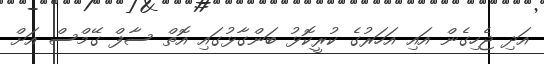
އަދި ޖެހިގެން އައި އަހަރުގެ ކުރީކޮޅު ބަންގާޅުގައި އޮތް ސާފް ގޭމްސް އަށް